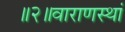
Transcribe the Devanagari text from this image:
॥२॥वाराणस्थां